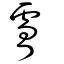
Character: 膚